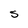
Character: S